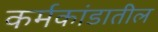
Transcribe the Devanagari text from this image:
कर्मकांडातील